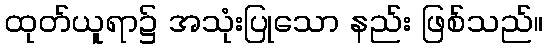
ထုတ်ယူရာ၌ အသုံးပြုသော နည်း ဖြစ်သည်။